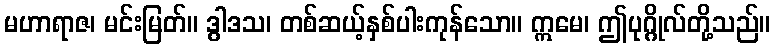
မဟာရာဇ၊ မင်းမြတ်။ ဒွါဒသ၊ တစ်ဆယ့်နှစ်ပါးကုန်သော။ ဣမေ၊ ဤပုဂ္ဂိုလ်တို့သည်။